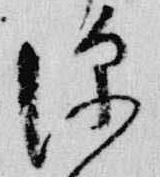
深